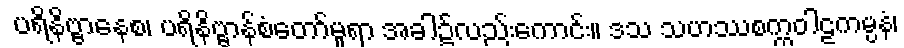
ပရိနိဗ္ဗာနေစ၊ ပရိနိဗ္ဗာန်စံတော်မူရာ အခါ၌လည်းကောင်း။ ဒသ သဟဿစက္ကဝါဠကမ္ပနံ၊